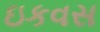
ઇકવસ